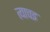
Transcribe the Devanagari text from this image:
त्याचइ